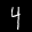
Digit: 4